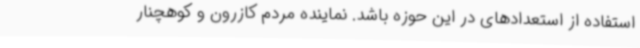
استفاده از استعدادهای در این حوزه باشد. نماینده مردم کازرون و کوهچنار